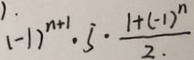
( - 1 ) ^ { n + 1 } \cdot 5 \cdot \frac { 1 + ( - 1 ) ^ { n } } { 2 }